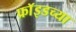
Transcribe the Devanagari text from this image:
फ्राॅइडच्या